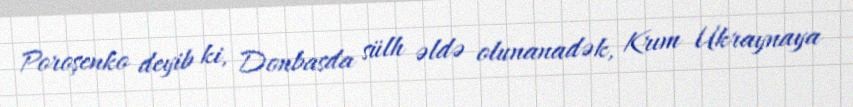
Poroşenko deyib ki, Donbasda sülh əldə olunanadək, Krım Ukraynaya